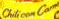

				###